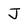
Character: J